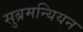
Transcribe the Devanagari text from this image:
सुब्रमन्यियन